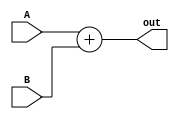
`timescale 1ns / 1ps
//////////////////////////////////////////////////////////////////////////////////
// Company: 
// Engineer: 
// 
// Design Name: 
// Module Name: AddrAdder
// Project Name: 
// Target Devices: 
// Tool Versions: 
// Description: 
// 
// Dependencies: 
// 
// Revision:
// Revision 0.01 - File Created
// Additional Comments:
// 
//////////////////////////////////////////////////////////////////////////////////


module AddrAdder(
    input [15:0] A,
    input [15:0] B,
    output [15:0] out
    );

    assign out = A + B;

endmodule